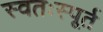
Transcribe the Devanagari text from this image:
स्वतःस्पूर्त